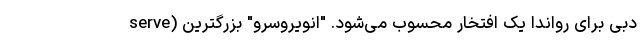
serve) دبی برای رواندا یک افتخار محسوب می‌شود. "انویروسرو" بزرگترین